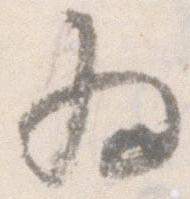
為